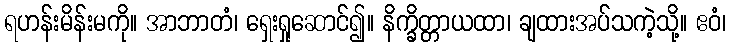
ရဟန်းမိန်းမကို။ အာဘာတံ၊ ရှေးရှုဆောင်၍။ နိက္ခိတ္တာယထာ၊ ချထားအပ်သကဲ့သို့။ ဧဝံ၊